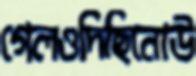
গেলওদিছিনোউ